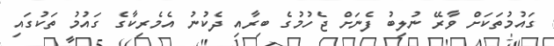
ގައުމުތަކަށް ވާރޭ ނުލިބު ފެނަށް ޖެހުމުގެ ބިރާއި ދެކުނު އެމެރިކާގެ ގައުމު ތަކުގައި